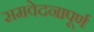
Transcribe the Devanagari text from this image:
समवेदनापूर्ण